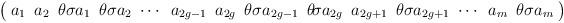
LaTeX: \begin{align*}\arraycolsep=3pt\left(\begin{array}{cccccccccccccc}a_1 & a_2 & \theta\sigma a_1 & \theta\sigma a_2 & \cdots & a_{2g-1} & a_{2g} & \theta\sigma a_{2g-1} & \theta\!\sigma a_{2g} & a_{2g+1} & \theta\sigma a_{2g+1} & \cdots & a_m& \theta\sigma a_m\end{array}\right)\end{align*}